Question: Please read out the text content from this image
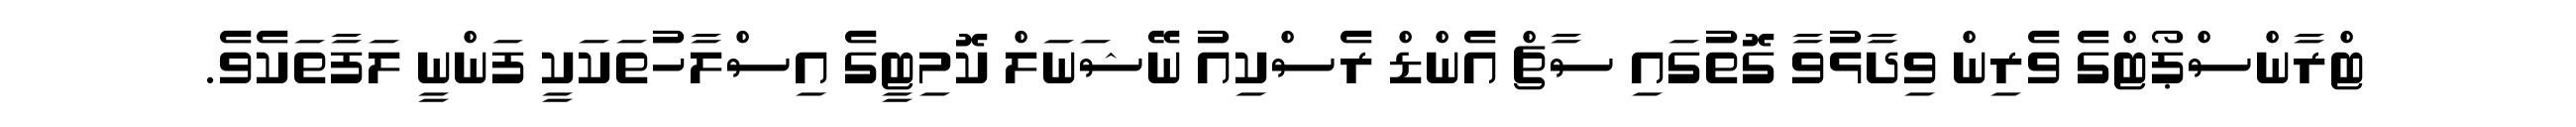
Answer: ޓްރާންސްޕޯޓްގެ ވެރިން ވިދާޅުވާ ގޮތުގައި ސާޗް އެންޑް ރެސްކިއު ނޭޝަނަލް ކޮމިޓީގެ އިސްލާހުތަކަކީ ފަންނީ ލަފާތަކެވެ.